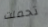
تحملت